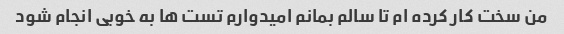
من سخت کار کرده ام تا سالم بمانم امیدوارم تست ها به خوبی انجام شود